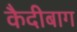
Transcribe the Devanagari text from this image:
कैदीबाग